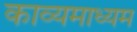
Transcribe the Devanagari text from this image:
काव्यमाध्यम